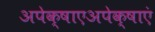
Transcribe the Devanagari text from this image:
अपेक्षाएअपेक्षाएं